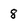
Character: 8